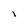
Character: l